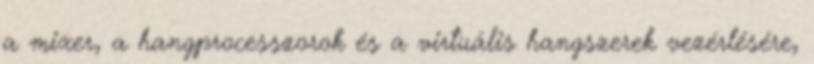
a mixer, a hangprocesszorok és a virtuális hangszerek vezérlésére,